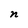
Character: n